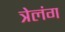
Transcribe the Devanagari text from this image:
त्रेलंग